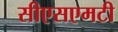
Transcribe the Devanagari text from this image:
सीएसएमटी